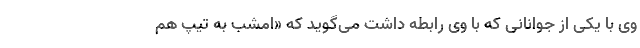
وی با یکی از جوانانی که با وی رابطه داشت می‌گوید که «امشب به تیپ هم